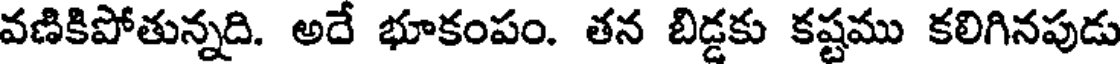
వణికిపోతున్నది. అదే భూకంపం. తన బిడ్డకు కష్టము కలిగినపుడు